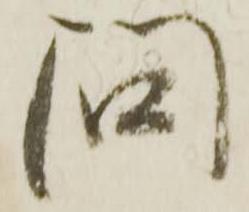
間